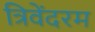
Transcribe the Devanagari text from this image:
त्रिवेंदरम